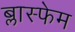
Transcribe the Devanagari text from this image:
ब्लास्फेम